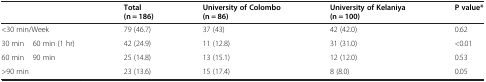
|  | Total (n = 186) | University of Colombo (n = 86) | University of Kelaniya (n = 100) | P value* |
 | --- | --- | --- | --- | --- |
 | <30 min/Week | 79 (46.7) | 37 (43) | 42 (42.0) | 0.62 |
 | 30 min – 60 min (1 hr) | 42 (24.9) | 11 (12.8) | 31 (31.0) | <0.01 |
 | 60 min – 90 min | 25 (14.8) | 13 (15.1) | 12 (12.0) | 0.53 |
 | >90 min | 23 (13.6) | 15 (17.4) | 8 (8.0) | 0.05 |